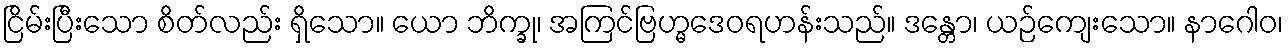
ငြိမ်းပြီးသော စိတ်လည်း ရှိသော။ ယော ဘိက္ခု၊ အကြင်ဗြဟ္မဒေဝရဟန်းသည်။ ဒန္တော၊ ယဉ်ကျေးသော။ နာဂေါဝ၊